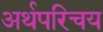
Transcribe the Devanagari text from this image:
अर्थपरिचय